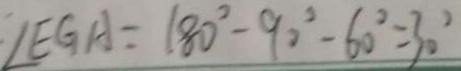
\angle E G A = 1 8 0 ^ { \circ } - 9 0 ^ { \circ } - 6 0 ^ { \circ } = 3 0 ^ { \circ }